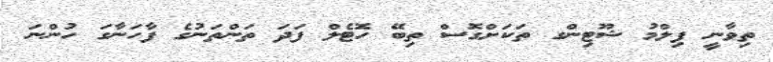
ތިވާނީ ފިލްމު ޝޫޓިންގ ތަކަށްގޮސް ތިބޭ ހޮޓެލް ފަދަ ތަންތަނުގެ ފާހަނާގަ ހުންނަ